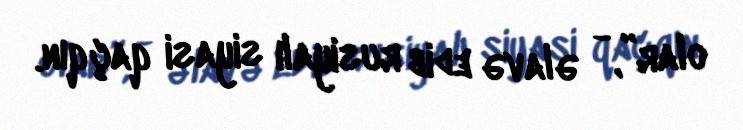
olar”, - əlavə edib rusiyalı siyasi qaçqın.